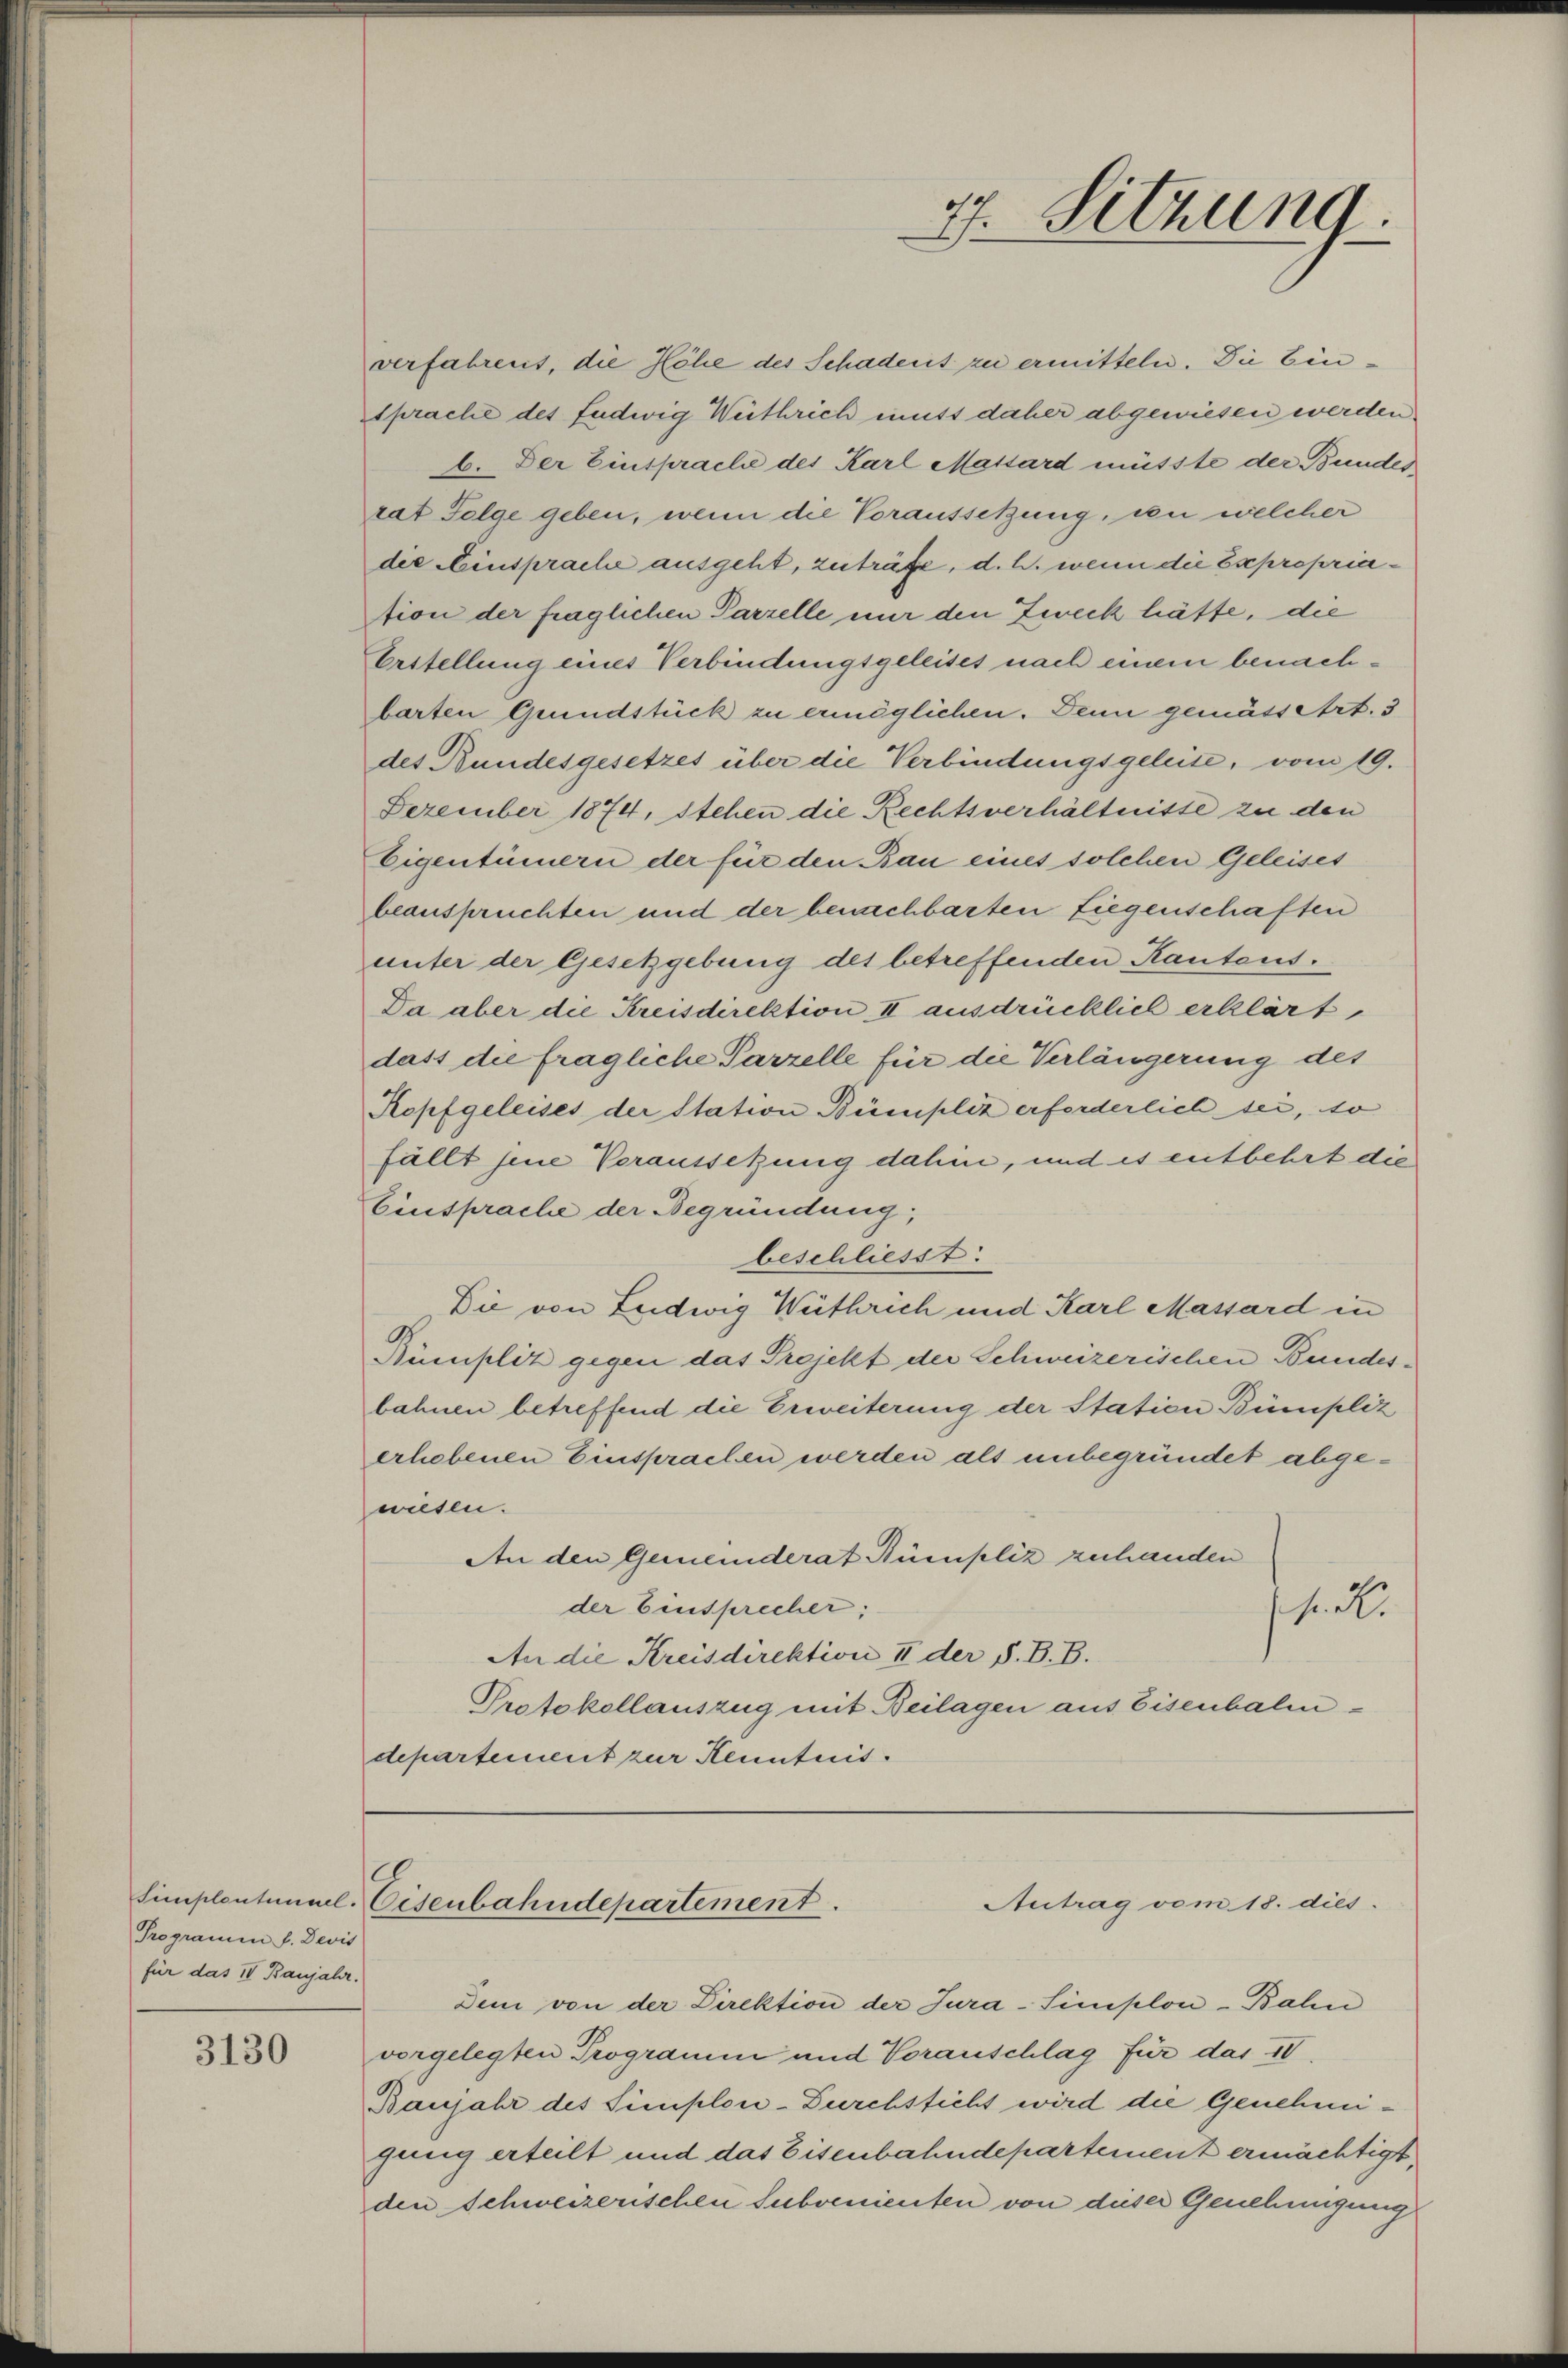
Programm f. Devis
für das IV Banjahr.

3130

verfahrens, die Höhe des Schaderit zu ermitteln. Die Einsprache des Ludwig Weithrich muss daher abgewiesen werden
6. Der Einsprache des Karl Massard müsste der Bundesrat Folge geben, wenn die Voraussetzung, in welcher
die Neinsprache ausgeht, zuträfe, d. h. wenn die Expropriasion der fraglichen Parzelle mir den Zweck hätte, die
Erstellung eines Verbindungsgeleises nach einem benachbarten Grundstück zu ermöglichen. Denn gemässert. 3
des Bundesgesetzes über die Verbindungsgeleise, vom 19.
Dezember 1874, stehen die Rechtsverhältnisse zu den
Eigentümern der für den Bau eines solchen Geleises
beanspruchten und der benachbarten Liegenschaften
unter der Gesetzgebung des betreffenden Kantons¬
Da aber die Kreisdirektion II ausdrücklich erklärt,
dass die fragliche Parzelle für die Verlängerung des
Ropfgeleises der Station Bümpliz erforderlich sei, so
fällt jene Veraussetzung dahin, und es entbehrt die
Einsprache der Begründung
beschliesst:
Die von Ludwig Weithrich und Karl Massard in
Rümpliz gegen das Projekt der Schweizerischen Bundesbahnen betreffend die Erweiterung der Station Bümpliz
erhebenen Einsprachen werden als unbegründet abgewiesen.
An den Gemeinderat Bümpliz zuhanden
der Einsprecher:
si. R.
An die Kreisdirektion II der S. B. B.
Protokollauszug mit Beilagen aus Eisenbaledepartement zur Kenntnis.

77. Sitzung.

Simplentimal-Eisenbahndepartement.
Antrag vom 18. dies

Dem von der Direktion der Jura-Simplon-Balin
vorgelegten Programm und Voranschlag für das IV.
Baujahr des Simplen-Durchsticht wird die Genehmiging erteilt und das Eisenbahndepartement ermächtigt
den Schweizerischen Subvenienten von dieser Genehmigung